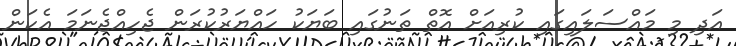
އަދި މި މައްސަލައިގައި ކުރިއަށް އޮތް ތަނުގައި ބަޔަކު ހައްޔަރުކުރަން ޖެހިއްޖެނަމަ އެކަން